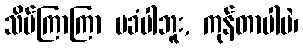
သိပ်ကြာကြာ မခံပါဘူး, ကုန်တာပါပဲ၊